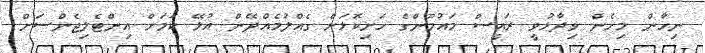
ނިހާން މިހެން ވިދާޅުވީ ރައީސް މައުމޫންގެ ހަށިކޮޅަށް ގެއްލުމެއްދޭން އުޅޭ ކަމަށް އިންޓެލިޖެންސަށް